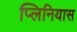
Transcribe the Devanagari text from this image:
प्लिनियास